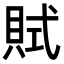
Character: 𧵻